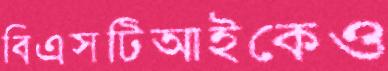
বিএসটিআইকেও